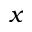
x